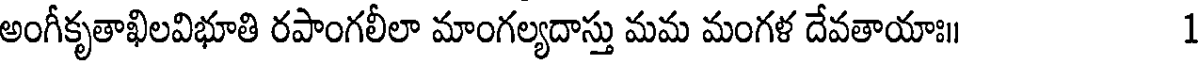
అంగీకృతాఖిలవిభూతి రపాంగలీలా మాంగల్యదాస్తు మమ మంగళ దేవతాయాః॥ 1